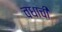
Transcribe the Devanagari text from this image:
वधाची